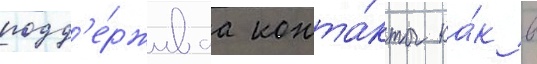
подд'е́рживаа конта́кты ка́к в